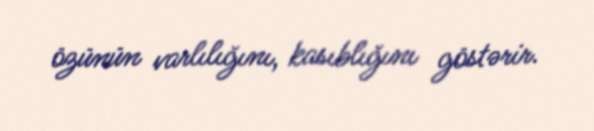
özünün varlılığını, kasıblığını göstərir.